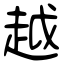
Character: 越